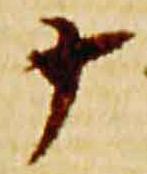
十